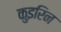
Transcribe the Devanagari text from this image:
कुइरिन